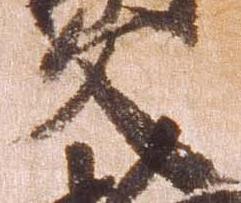
文